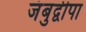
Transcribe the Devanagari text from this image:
जंबुद्वीपा